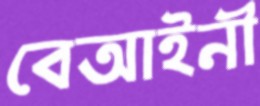
বেআইনী